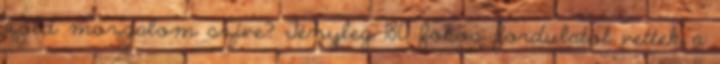
zöld mozgalom szíve? Tényleg 180 fokos fordulatot vettek a